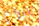
ارواح